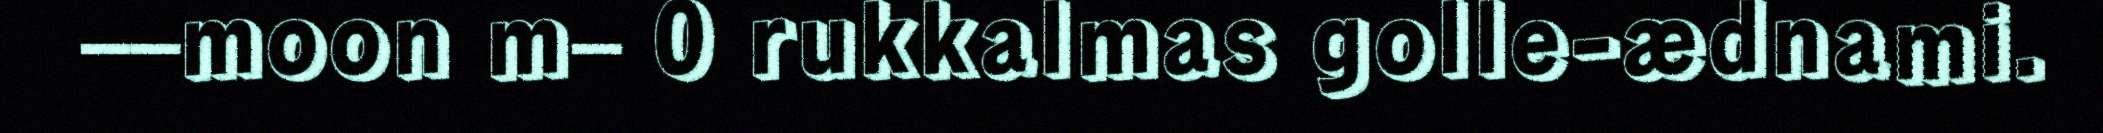
––moon m– 0 rukkalmas golle-ædnami.